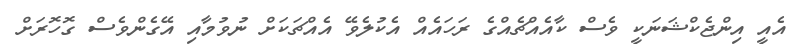
އެއީ އިންޖެކްޝަނަކީ ވެސް ކާއެއްޗެއްގެ ރަހައެއް އެކުލެވޭ އެއްޗަކަށް ނުވުމާއި އޭގެންވެސް ގޮހޮރަށް